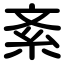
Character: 紊